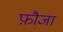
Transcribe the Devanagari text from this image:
फ़ौजा